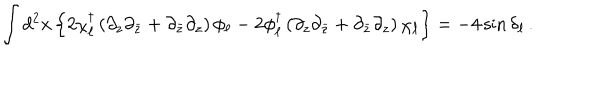
LaTeX: \int d ^ { 2 } x \left\{ 2 \chi _ { \ell } ^ { \dagger } \left( \partial _ { z } \partial _ { \bar { z } } + \partial _ { \bar { z } } \partial _ { z } \right) \phi _ { \ell } - 2 \phi _ { \ell } ^ { \dagger } \left( \partial _ { z } \partial _ { \bar { z } } + \partial _ { \bar { z } } \partial _ { z } \right) \chi _ { \ell } \right\} = - 4 \sin \delta _ { \ell } \, .